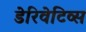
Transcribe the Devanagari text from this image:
डेरिवेटिव्स